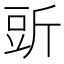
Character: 𧯞